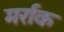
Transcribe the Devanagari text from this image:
मर्राक